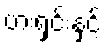
ဗားရှင်းနှင့်